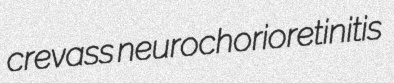
crevass neurochorioretinitis